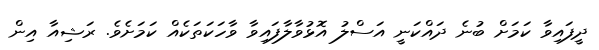
ދީފައިވާ ކަމަށް ބުނެ ދައްކަނީ އަސްލު އޮޅުވާލާފައިވާ ވާހަކަތަކެއް ކަމަށެވެ. ރަޝިއާ އިން